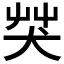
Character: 𦬦